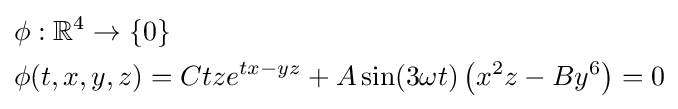
{\begin{aligned}&\phi :\mathbb {R} ^{4}\to \{0\}\\&\phi (t,x,y,z)=Ctze^{tx-yz}+A\sin(3\omega t)\left(x^{2}z-By^{6}\right)=0\end{aligned}}